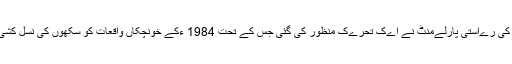
گزشتہ برس اونٹورےو کی رےاستی پارلےمنٹ نے اےک تحرےک منظور کی گئی جس کے تحت 1984 ءکے خونچکاں واقعات کو سکھوں کی نسل کشی سے تعبےد کےا گےا۔